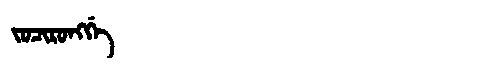
Manchu: ᠵᠣᠴᡳᡵᠣᠩᡤᡝ
Romanization: JOCIRONGGE